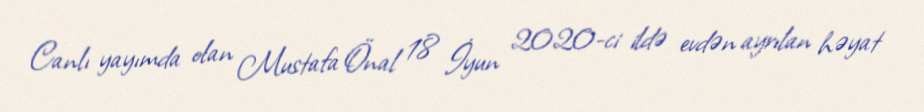
Canlı yayımda olan Mustafa Önal 18 İyun 2020-ci ildə evdən ayrılan həyat